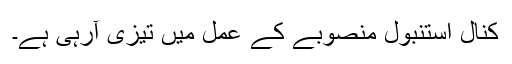
کنال استنبول منصوبے کے عمل میں تیزی آرہی ہے۔